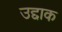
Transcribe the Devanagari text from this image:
उद्दाक